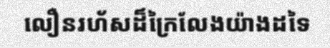
លឿនរហ័សដ៏ក្រៃលែងយ៉ាងដទៃ